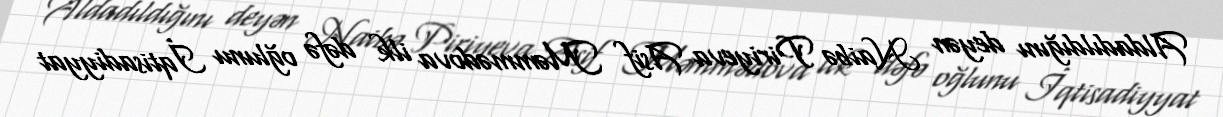
Aldadıldığını deyən Naibə Piriyeva Asif Məmmədova ilk dəfə oğlunu İqtisadiyyat